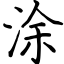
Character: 涂